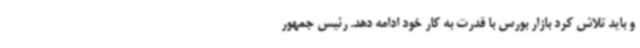
و باید تلاش کرد بازار بورس با قدرت به کار خود ادامه دهد. رئیس جمهور